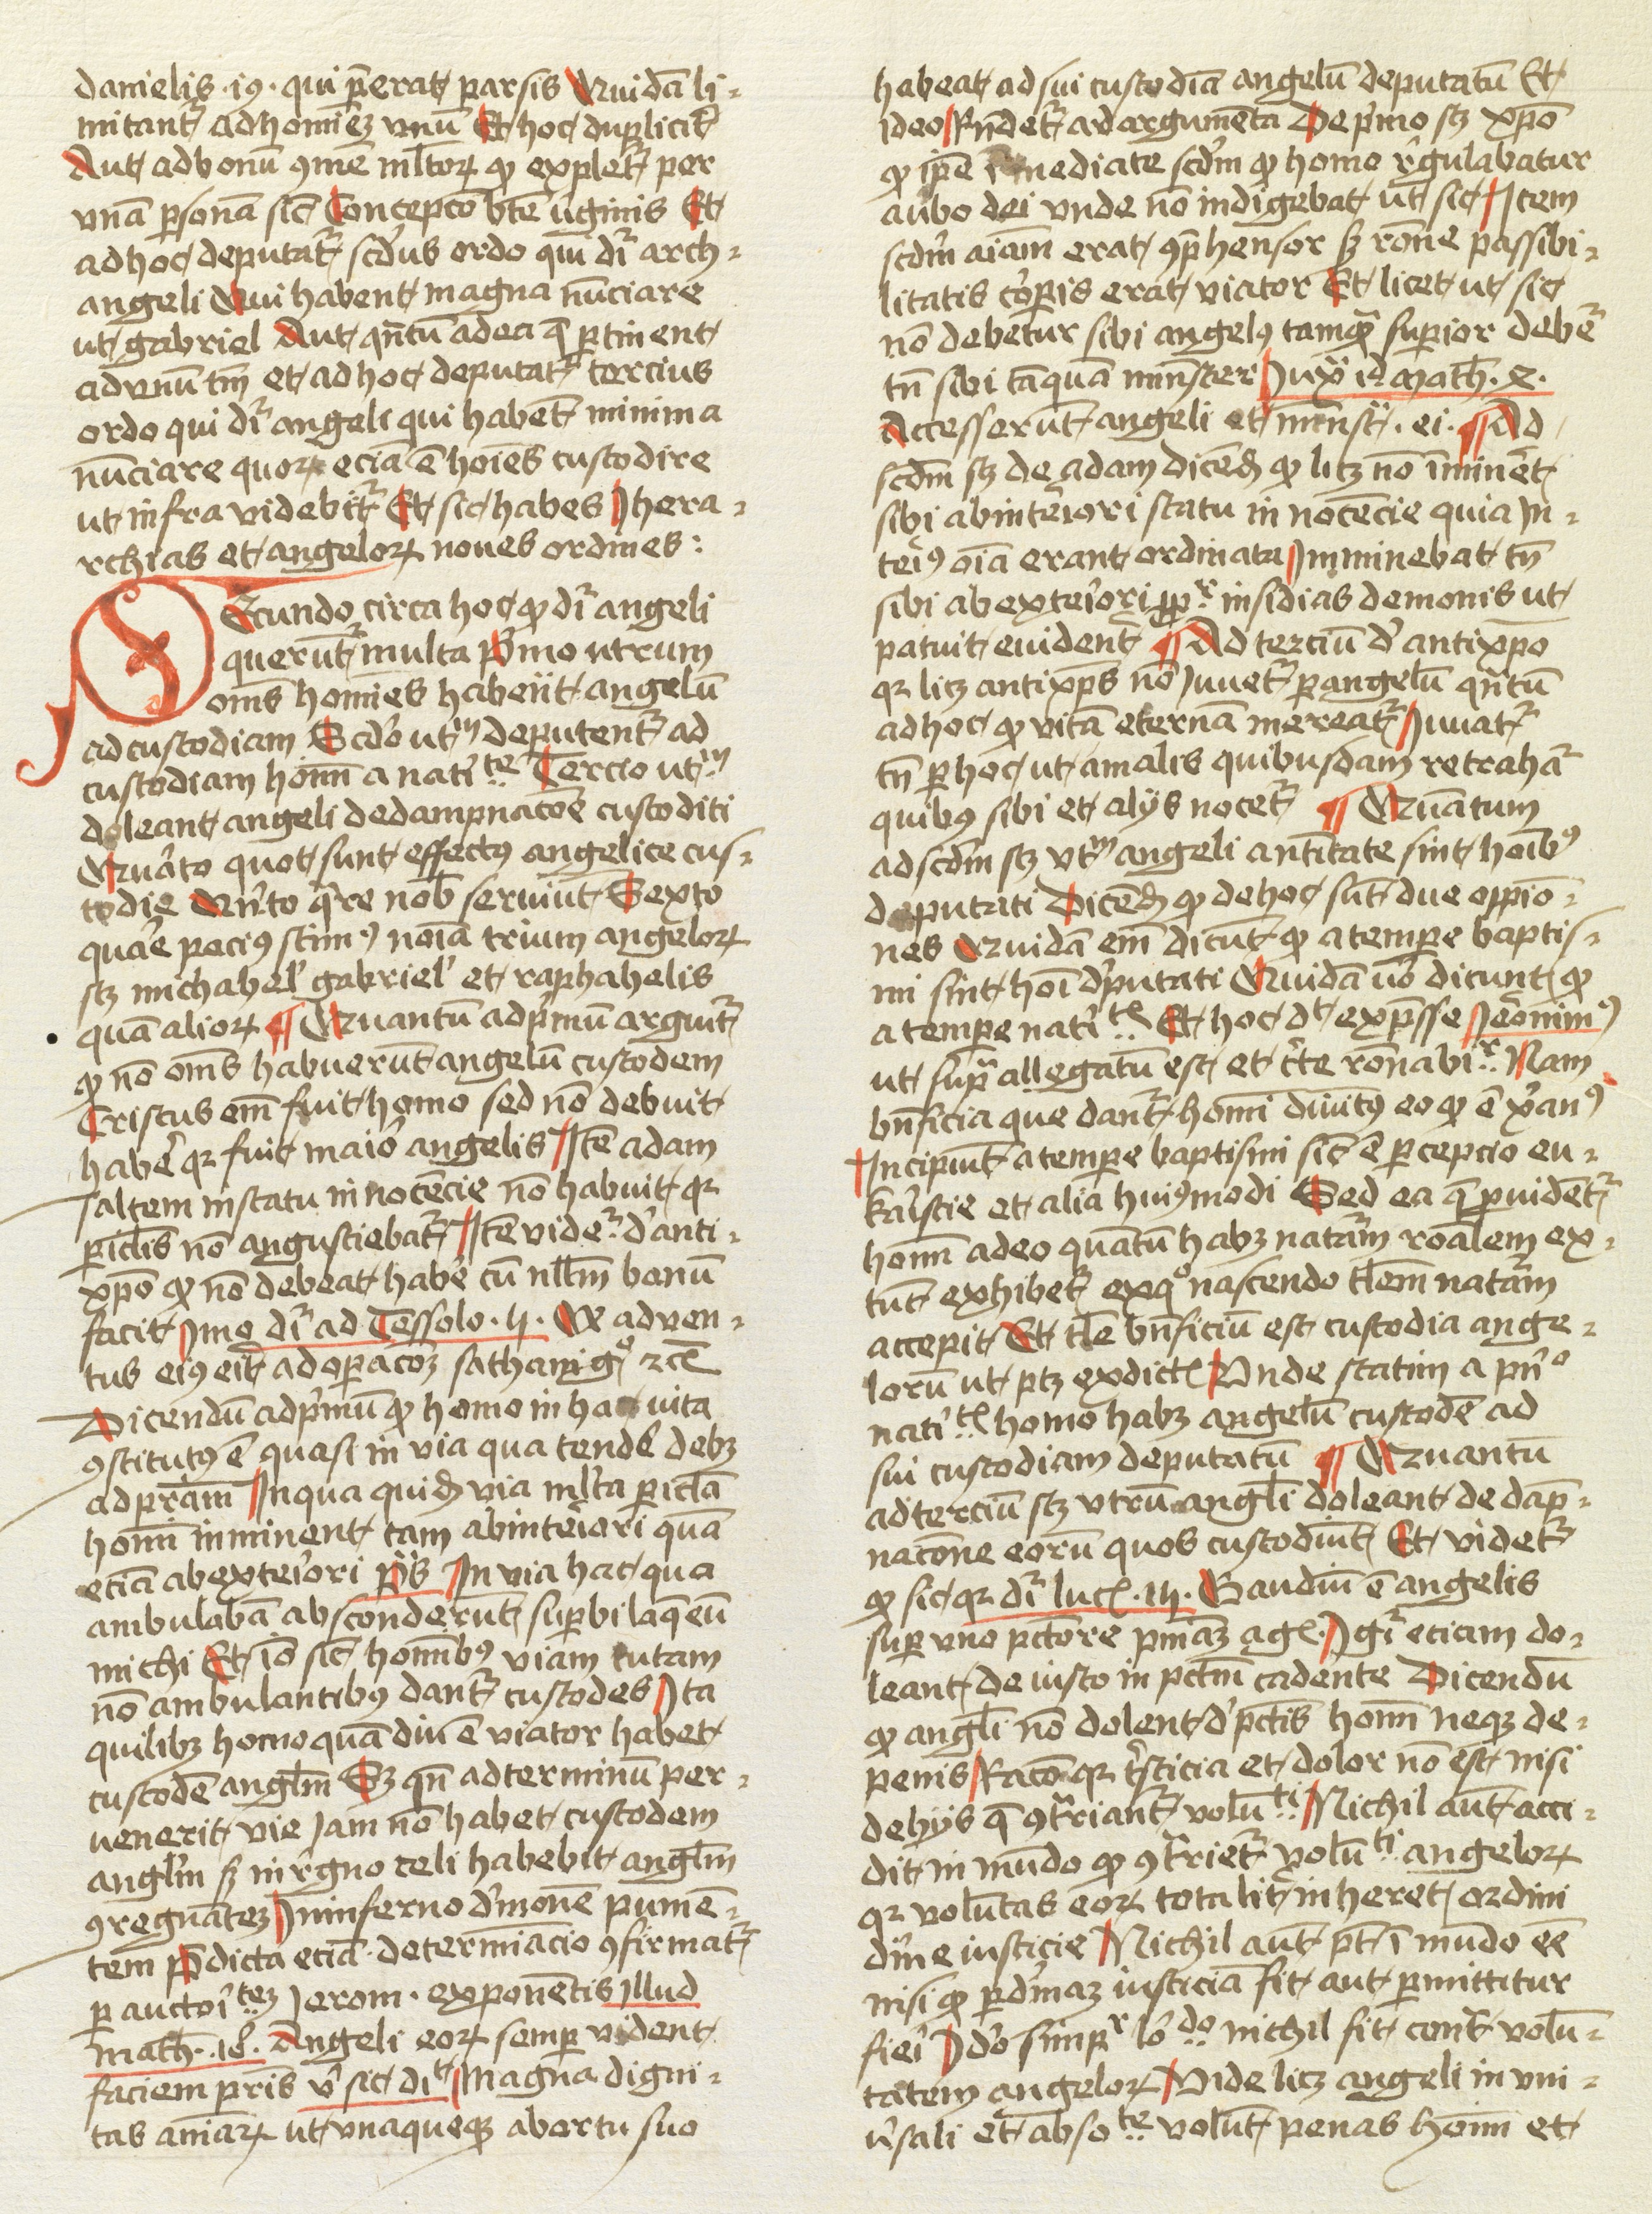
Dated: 1474–1474